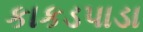
કાકડપાડા